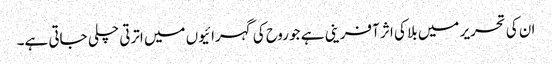
ان کی تحریر میں بلا کی اثر آفرینی ہے جو روح کی گہرائیوں میں اترتی چلی جاتی ہے۔